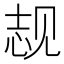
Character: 𬢌